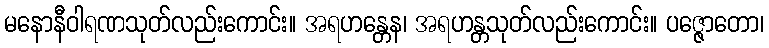
မနောနီဝါရဏသုတ်လည်းကောင်း။ အရဟန္တေန၊ အရဟန္တသုတ်လည်းကောင်း။ ပဇ္ဇောတော၊